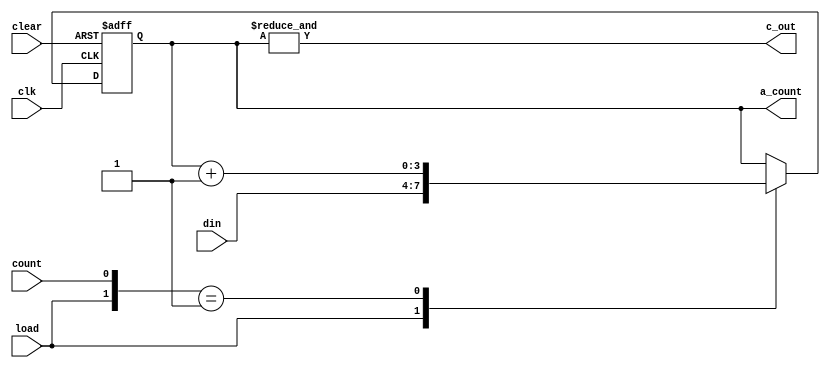
module Counter(clk, clear, count, load, din, c_out, a_count);

    input clk, clear, count, load;
    input [3:0] din;
    output reg[3:0] a_count;
    output reg c_out;

    always@(posedge clk or negedge clear) begin
        if(~clear)
            a_count <= 4'b0000;      // reset
        else begin
            casex({load,count})
                2'b1x: a_count <= din;
                2'b01: a_count <= a_count + 1;
                default: a_count <= a_count;
            endcase
        end
    end

    assign c_out = (&a_count);

endmodule